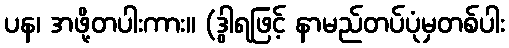
ပန၊ အဖို့တပါးကား။ (ဒွါရဖြင့် နာမည်တပ်ပုံမှတစ်ပါး